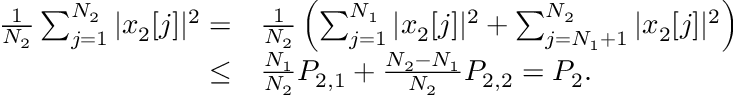
\begin{array} { r l } { \frac { 1 } { N _ { 2 } } \sum _ { j = 1 } ^ { N _ { 2 } } | x _ { 2 } [ j ] | ^ { 2 } = } & { \frac { 1 } { N _ { 2 } } \left( \sum _ { j = 1 } ^ { N _ { 1 } } | x _ { 2 } [ j ] | ^ { 2 } + \sum _ { j = N _ { 1 } + 1 } ^ { N _ { 2 } } | x _ { 2 } [ j ] | ^ { 2 } \right) } \\ { \leq } & { \frac { N _ { 1 } } { N _ { 2 } } P _ { 2 , 1 } + \frac { N _ { 2 } - N _ { 1 } } { N _ { 2 } } P _ { 2 , 2 } = P _ { 2 } . } \end{array}